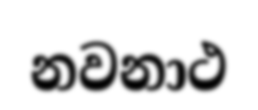
නවනාථ